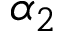
\alpha _ { 2 }